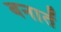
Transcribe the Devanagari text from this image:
बनातें